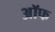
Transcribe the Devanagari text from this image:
अॉफ